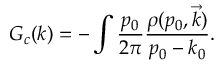
G _ { c } ( k ) = - \int \frac { \d p _ { 0 } } { 2 \pi } \frac { \rho ( p _ { 0 } , \vec { k } ) } { p _ { 0 } - k _ { 0 } } .